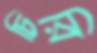
চিরি